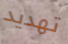
تهديد